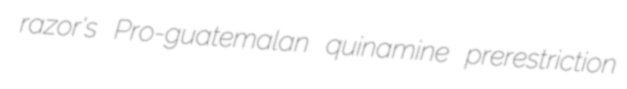
razor's Pro-guatemalan quinamine prerestriction